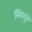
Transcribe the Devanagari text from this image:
स्थिरदुवे